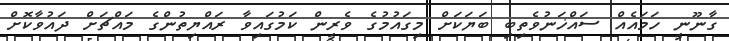
ގާނޫނީ ހަމައެއް ސައްޚަނުވެތިބި ބަޔަކަށް މިގައުމުގެ ވެރީން ކަމުގައިވާ ރައްޔިތުންގެ މައްޗަށް ދައުވާކޮށް